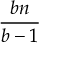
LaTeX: \frac { b n } { b - 1 }